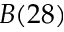
B ( 2 8 )